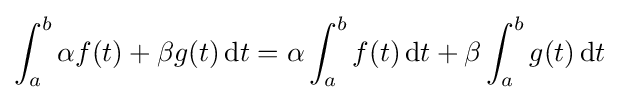
\int _{a}^{b}\alpha f(t)+\beta g(t)\,\mathrm {d} t=\alpha \int _{a}^{b}f(t)\,\mathrm {d} t+\beta \int _{a}^{b}g(t)\,\mathrm {d} t